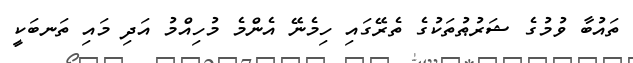
ތައުބާ ވުމުގެ ޝަރުޠުތަކުގެ ތެރޭގައި ހިމެނޭ އެންމެ މުހިއްމު އަދި މައި ތަނބަކީ